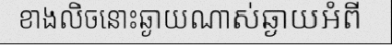
ខាងលិចនោះឆ្ងាយណាស់ឆ្ងាយអំពី